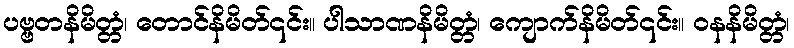
ပဗ္ဗတနိမိတ္တံ၊ တောင်နိမိတ်၎င်း။ ပါသာဏနိမိတ္တံ၊ ကျောက်နိမိတ်၎င်း။ ဝနနိမိတ္တံ၊